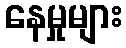
နေမှုများ